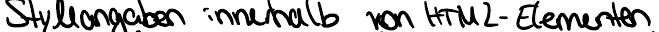
Styleangaben innerhalb von HTML-Elementen